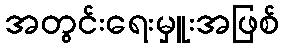
အတွင်းရေးမှူးအဖြစ်